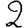
Digit: 2